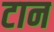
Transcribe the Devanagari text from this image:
टान